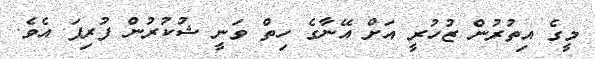
މީގެ އިތުރުން ޒުހުރީ އަށް އޭނާގެ ހިތް ވަނީ ޝުކުރުން ފުރިފަ އެވެ.